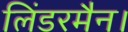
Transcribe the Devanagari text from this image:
लिंडरमैन।